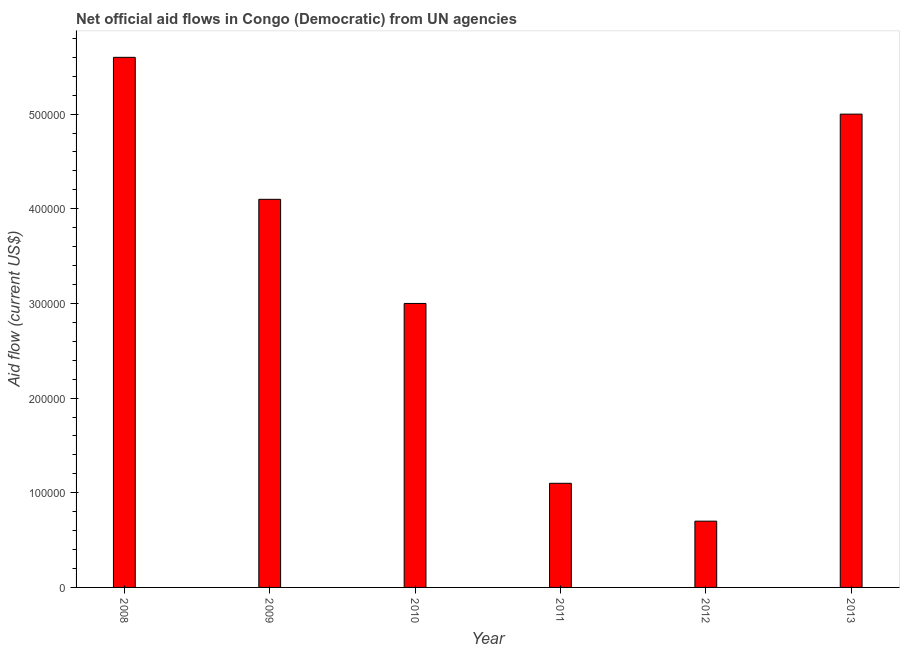
| Year | Net official flows from UN agencies |
 | --- | --- |
 | 2008 | 5.6e+05 |
 | 2009 | 4.1e+05 |
 | 2010 | 3e+05 |
 | 2011 | 1.1e+05 |
 | 2012 | 7e+04 |
 | 2013 | 5e+05 |